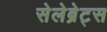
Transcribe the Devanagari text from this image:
सेलेब्रेट्स